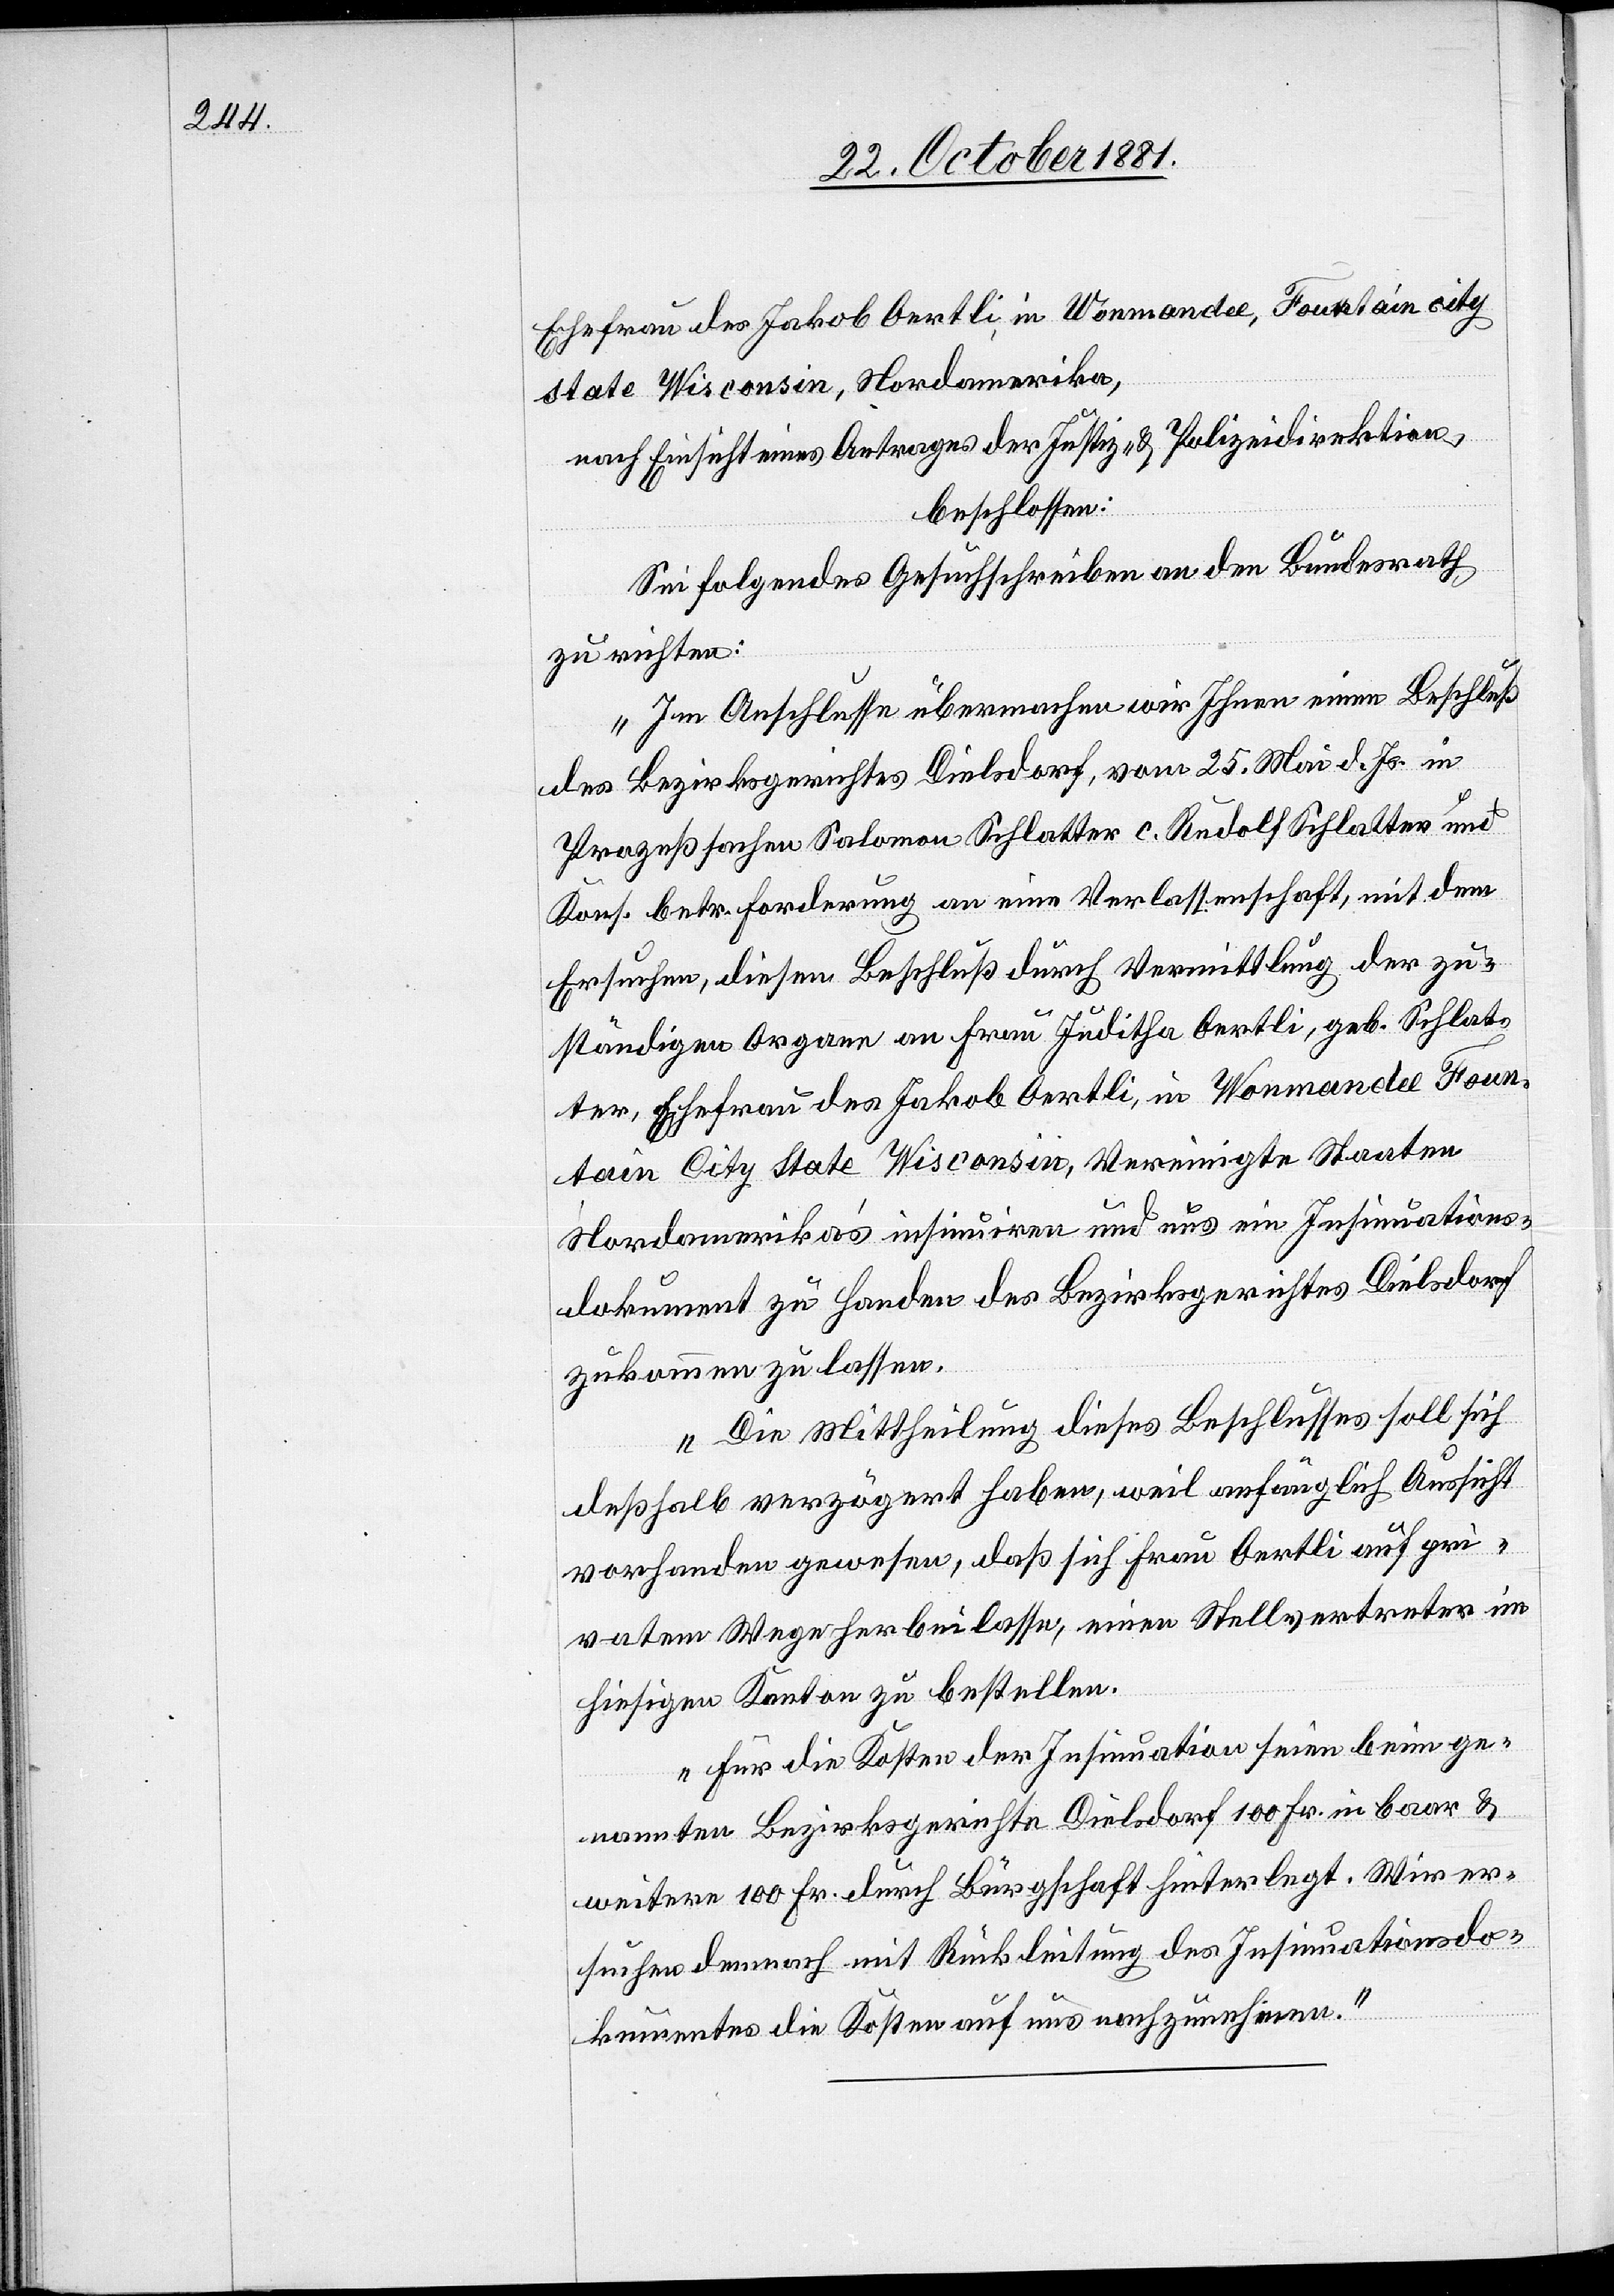
Ehefrau des Jakob Oertli, in Wonmandee, Fountain city
state Wisconsin, Nordamerika,
nach Einsicht eines Antrages der Justiz- & Polizeidirektion,
beschlossen:
Sei folgendes Gesuchschreiben an den Bundesrath
zu richten:
„Im Anschlusse übermachen wir Ihnen einen Beschluß
des Bezirksgerichtes Dielsdorf, vom 25. Mai d. Js. in
Prozeßsachen Salomon Schlatter c. Rudolf Schlatter und
Kons. betr. Forderung an eine Verlassenschaft, mit dem
Ersuchen, diesen Beschluß durch Vermittlung der zu¬
ständigen Organe an Frau Juditha Oertli, geb. Schlat¬
ter, Ehefrau des Jakob Oertli, in Wonmandee Foun¬
tain City State Wisconsin, Vereinigte Staaten
Nordamerika’s insinuiren und uns ein Insinuations¬
dokument zu Handen des Bezirksgerichtes Dielsdorf
zukommen zu lassen.
Die Mittheilung dieses Beschlusses soll sich
deßhalb verzögert haben, weil anfänglich Aussicht
vorhanden gewesen, daß sich Frau Oertli auf pri¬
vatem Wege herbeilassen, einen Stellvertreter im
hiesigen Kanton zu bestellen.
Für die Kosten der Insinuation seien beim ge¬
nannten Bezirksgerichte Dielsdorf 100 Fr. in baar &
weitere 100 Fr. durch Bürgschaft hinterlegt. Wir er¬
suchen demnach mit Rückleitung des Insinuationsdo¬
kummentes die Kosten auf uns nachzunehmen.“